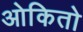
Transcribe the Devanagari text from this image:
ओकितो